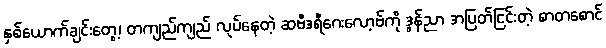
နှစ်ယောက်ချင်းတွေ့၊ တကျည်ကျည် လုပ်နေတဲ့ ဆဗီဒရီဂေးလော့ဗ်ကို ဒွန်ညာ အပြတ်ငြင်းတဲ့ စာတစောင်